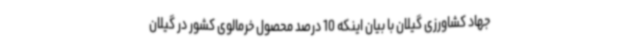
جهاد کشاورزی گیلان با بیان اینکه 10 درصد محصول خرمالوی کشور در گیلان